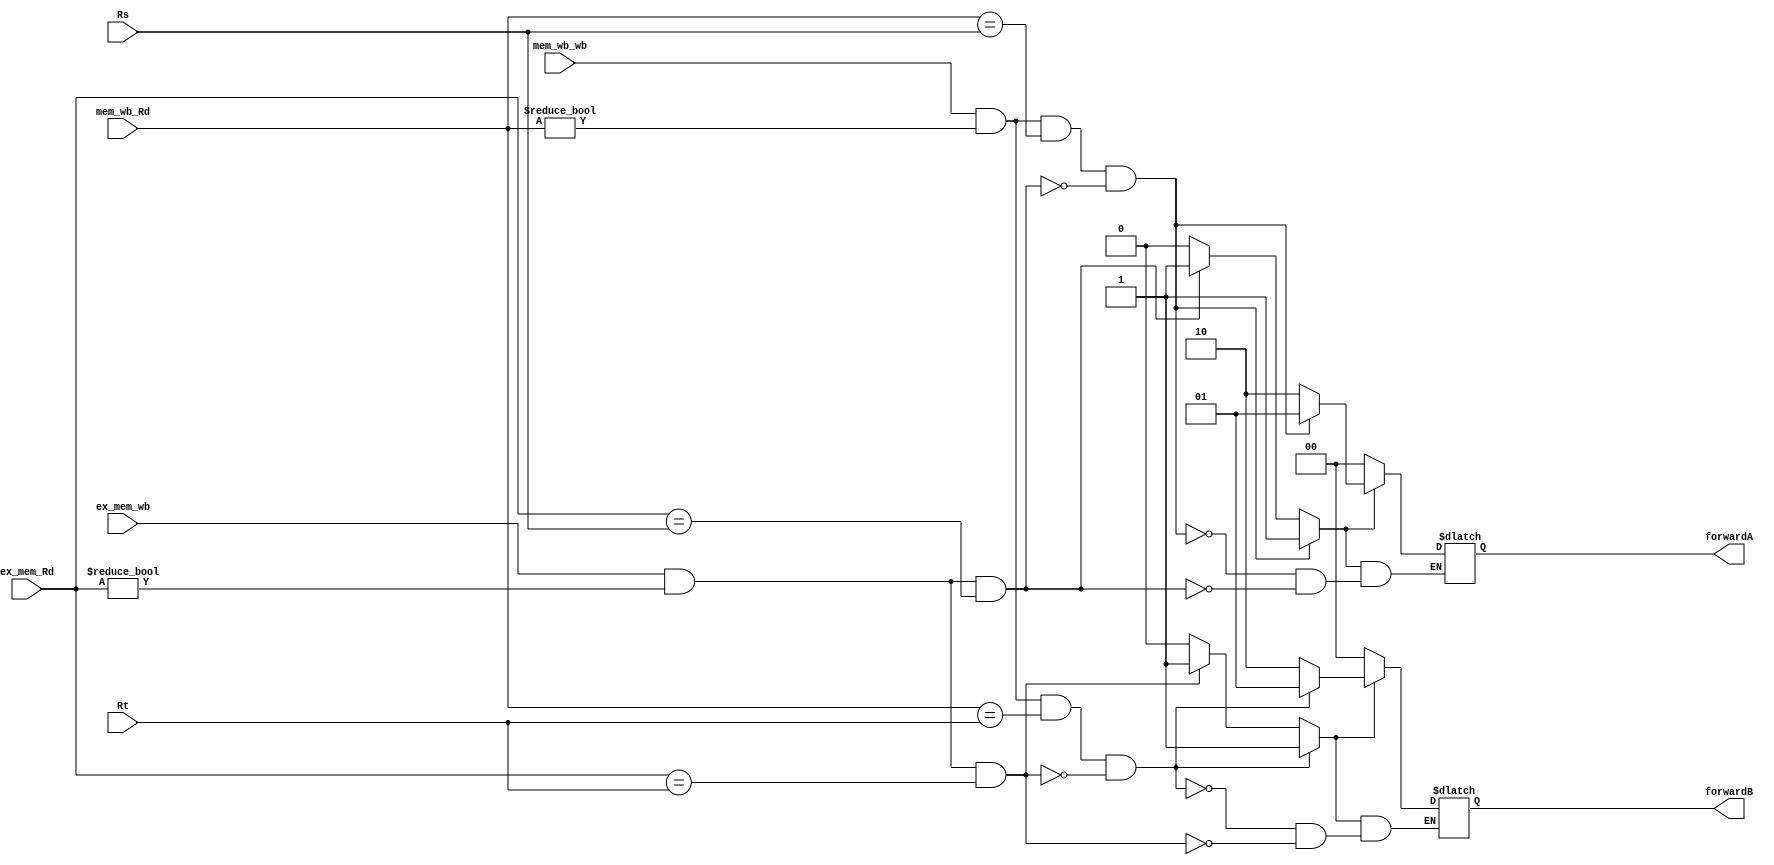
module forwarding_unit
(
	input [4:0] Rs, Rt, ex_mem_Rd, mem_wb_Rd,
	input ex_mem_wb, mem_wb_wb, //writeback control units controlling Regwrite
	output reg [1:0] forwardA, forwardB
);
reg flagA = 0;
reg flagB = 0;
always@*begin
	if(ex_mem_wb && (ex_mem_Rd != 0) && (ex_mem_Rd == Rs))begin
		forwardA = 2'b10;
		flagA = 1;
	end
	if(ex_mem_wb && (ex_mem_Rd != 0) && (ex_mem_Rd == Rt))begin
		forwardB = 2'b10;
		flagB = 1;
	end
	if(mem_wb_wb && (mem_wb_Rd != 0) && (mem_wb_Rd == Rs) && !(ex_mem_wb && (ex_mem_Rd != 0) && (ex_mem_Rd == Rs)))begin
		forwardA = 2'b01;
		flagA = 1;
	end
	if(mem_wb_wb && (mem_wb_Rd != 0) && (mem_wb_Rd == Rt) && !(ex_mem_wb && (ex_mem_Rd != 0) && (ex_mem_Rd == Rt)))begin
		forwardB = 2'b01;
		flagB = 1;
	end
	if(flagA == 0)
		forwardA = 2'b00;
	if(flagB == 0)

		forwardB = 2'b00;
	flagA=0;
	flagB=0;
end
endmodule